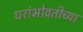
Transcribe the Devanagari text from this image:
घरांभोवतीच्या